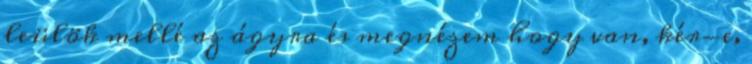
leülök mellé az ágyra és megnézem hogy van, kér-e,